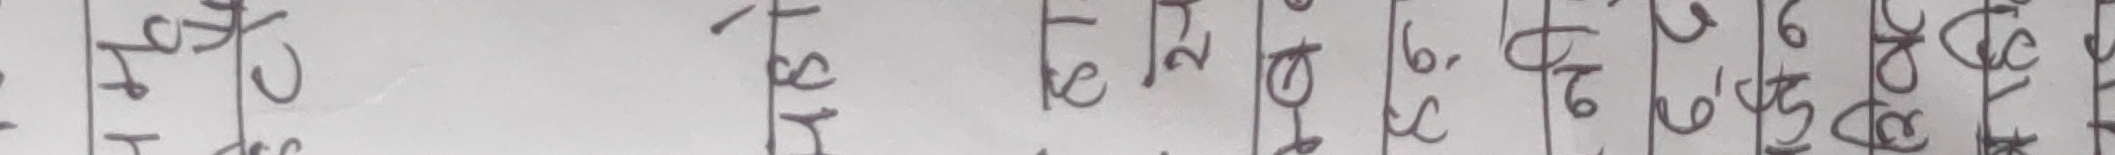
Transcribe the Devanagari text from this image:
टेरवे ईसावेता वि० १७ पौष वि० २०२६